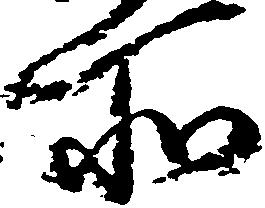
所